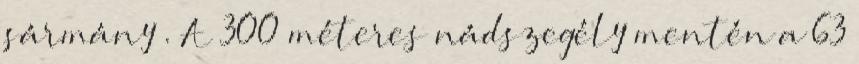
sármány . A 300 méteres nádszegély mentén a 63